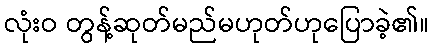
လုံးဝ တွန့်ဆုတ်မည်မဟုတ်ဟုပြောခဲ့၏။